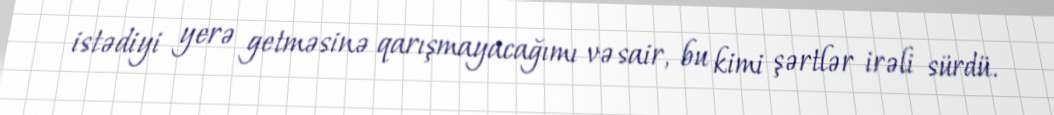
istədiyi yerə getməsinə qarışmayacağımı və sair, bu kimi şərtlər irəli sürdü.